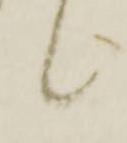
候